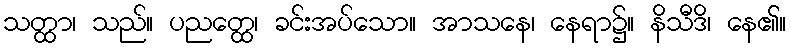
သတ္ထာ၊ သည်။ ပညတ္ထေ၊ ခင်းအပ်သော။ အာသနေ၊ နေရာ၌။ နိသီဒိ၊ နေ၏။